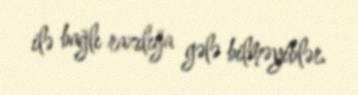
ilə bağlı razılığa gələ bilməyiblər.